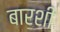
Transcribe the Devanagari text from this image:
बारशी